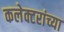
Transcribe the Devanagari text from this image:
कलेक्टरांच्या